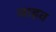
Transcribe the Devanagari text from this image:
जाहव